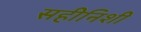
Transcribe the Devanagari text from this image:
सहीनिशी